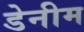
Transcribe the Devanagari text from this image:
डेनीम